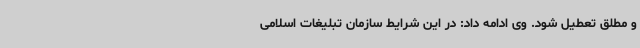
و مطلق تعطیل شود. وی ادامه داد: در این شرایط سازمان تبلیغات اسلامی